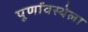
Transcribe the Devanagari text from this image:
पूर्णावस्थेला